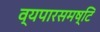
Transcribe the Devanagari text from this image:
व्यपारसमष्टि